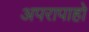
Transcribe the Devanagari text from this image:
अपरापाहो